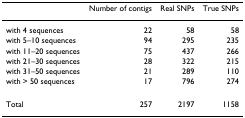
<table><thead><tr><td></td><td><b>Number of contigs</b></td><td><b>Real SNPs</b></td><td><b>True SNPs</b></td></tr></thead><tbody><tr><td>with 4 sequences</td><td>22</td><td>58</td><td>58</td></tr><tr><td>with 5–10 sequences</td><td>94</td><td>295</td><td>235</td></tr><tr><td>with 11–20 sequences</td><td>75</td><td>437</td><td>266</td></tr><tr><td>with 21–30 sequences</td><td>28</td><td>322</td><td>215</td></tr><tr><td>with 31–50 sequences</td><td>21</td><td>289</td><td>110</td></tr><tr><td>with &gt; 50 sequences</td><td>17</td><td>796</td><td>274</td></tr><tr><td>Total</td><td>257</td><td>2197</td><td>1158</td></tr></tbody></table>